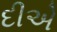
દીએ